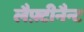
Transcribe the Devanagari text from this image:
लैफ़्टीनैन्ट